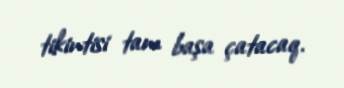
tikintisi tam başa çatacaq.